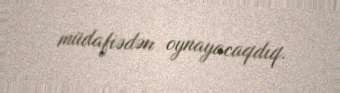
müdafiədən oynayacaqdıq.